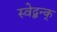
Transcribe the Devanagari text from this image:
स्वेद्बन्क्